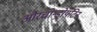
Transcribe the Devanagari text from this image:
औरचोन्ड्रोयटिन